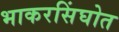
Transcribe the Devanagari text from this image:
भाकरसिंघोत